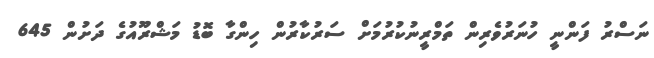
ނަސްރު ފަންނީ ހުނަރުވެރިން ތަމްރީނުކުރުމަށް ސަރުކާރުން ހިންގާ ބޮޑު މަޝްރޫއުގެ ދަށުން 645